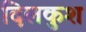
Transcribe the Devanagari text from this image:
दिलकुश